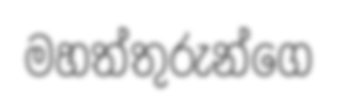
මහත්තුරුන්ගෙ